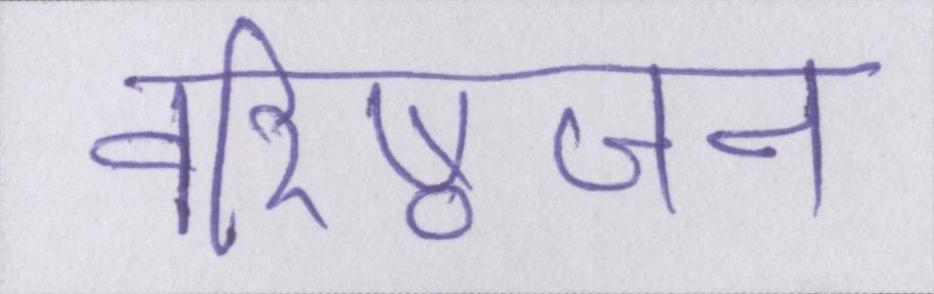
वरिष्ठजन